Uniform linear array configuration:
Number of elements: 32
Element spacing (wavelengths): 0.5
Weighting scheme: blackman
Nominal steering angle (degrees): -45
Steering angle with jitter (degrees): -45.575
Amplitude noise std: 0.05
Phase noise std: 0.05

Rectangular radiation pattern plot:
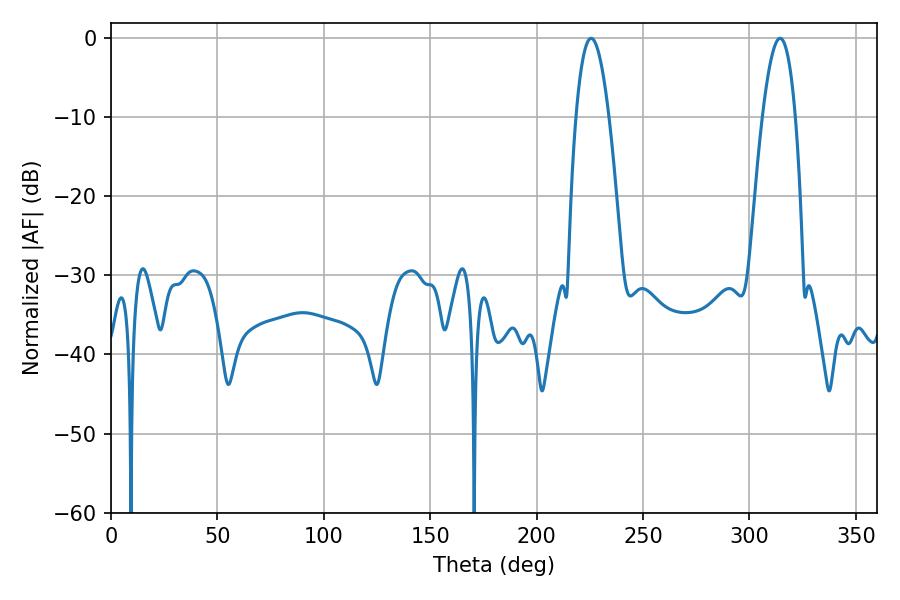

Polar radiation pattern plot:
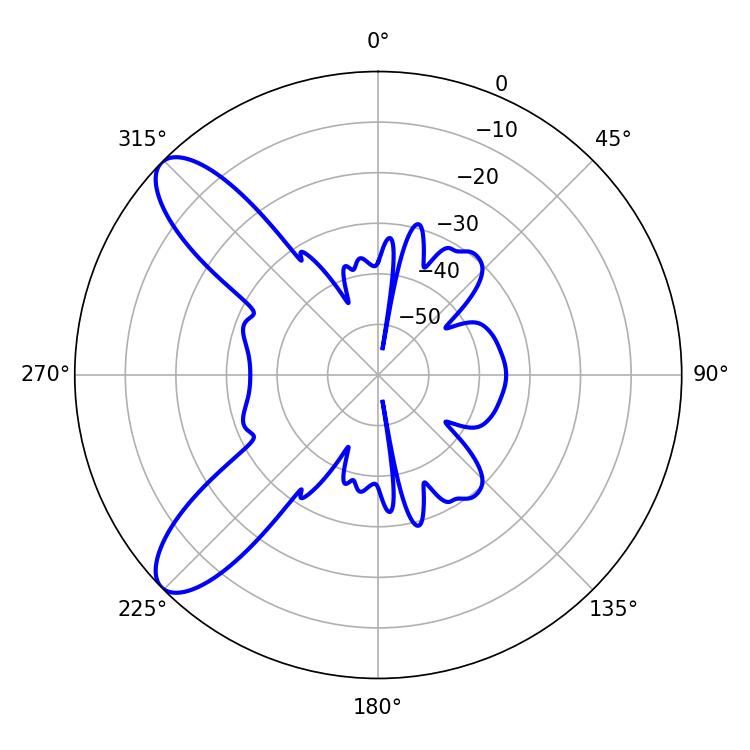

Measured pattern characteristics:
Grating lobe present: FALSE
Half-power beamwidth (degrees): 8.46
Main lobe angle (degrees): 225.54